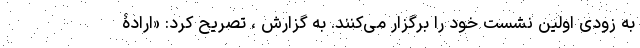
به زودی اولین نشست خود را برگزار می‌کنند. به گزارش ، تصریح کرد: «ارادۀ